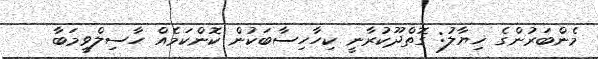
މެންބަރުންގެ ޚިޔާލު: ގޮތްދޫކުރާނީ ކިހާހިސާބަކުން ކޮންކަމެއް ހާސިލްވީމަބާ